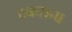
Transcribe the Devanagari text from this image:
ठकराना